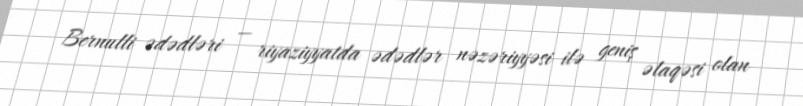
Bernulli ədədləri — riyaziyyatda ədədlər nəzəriyyəsi ilə geniş əlaqəsi olan